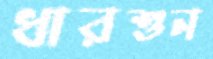
ধারশুন